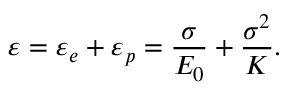
\varepsilon = \varepsilon _ { e } + \varepsilon _ { p } = \frac { \sigma } { E _ { 0 } } + \frac { \sigma ^ { 2 } } { K } .